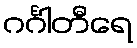
ဂင်္ဂါတီရေ